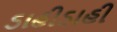
ડાહીડાહી